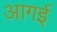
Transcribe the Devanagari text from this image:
आगई